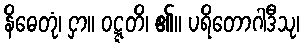
နိဓေတုံ၊ ငှာ။ ဝဋ္ဋတိ၊ ၏။ ပရိတောဂါဒီသု၊